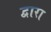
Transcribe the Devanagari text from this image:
द्वारा